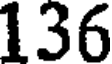
136